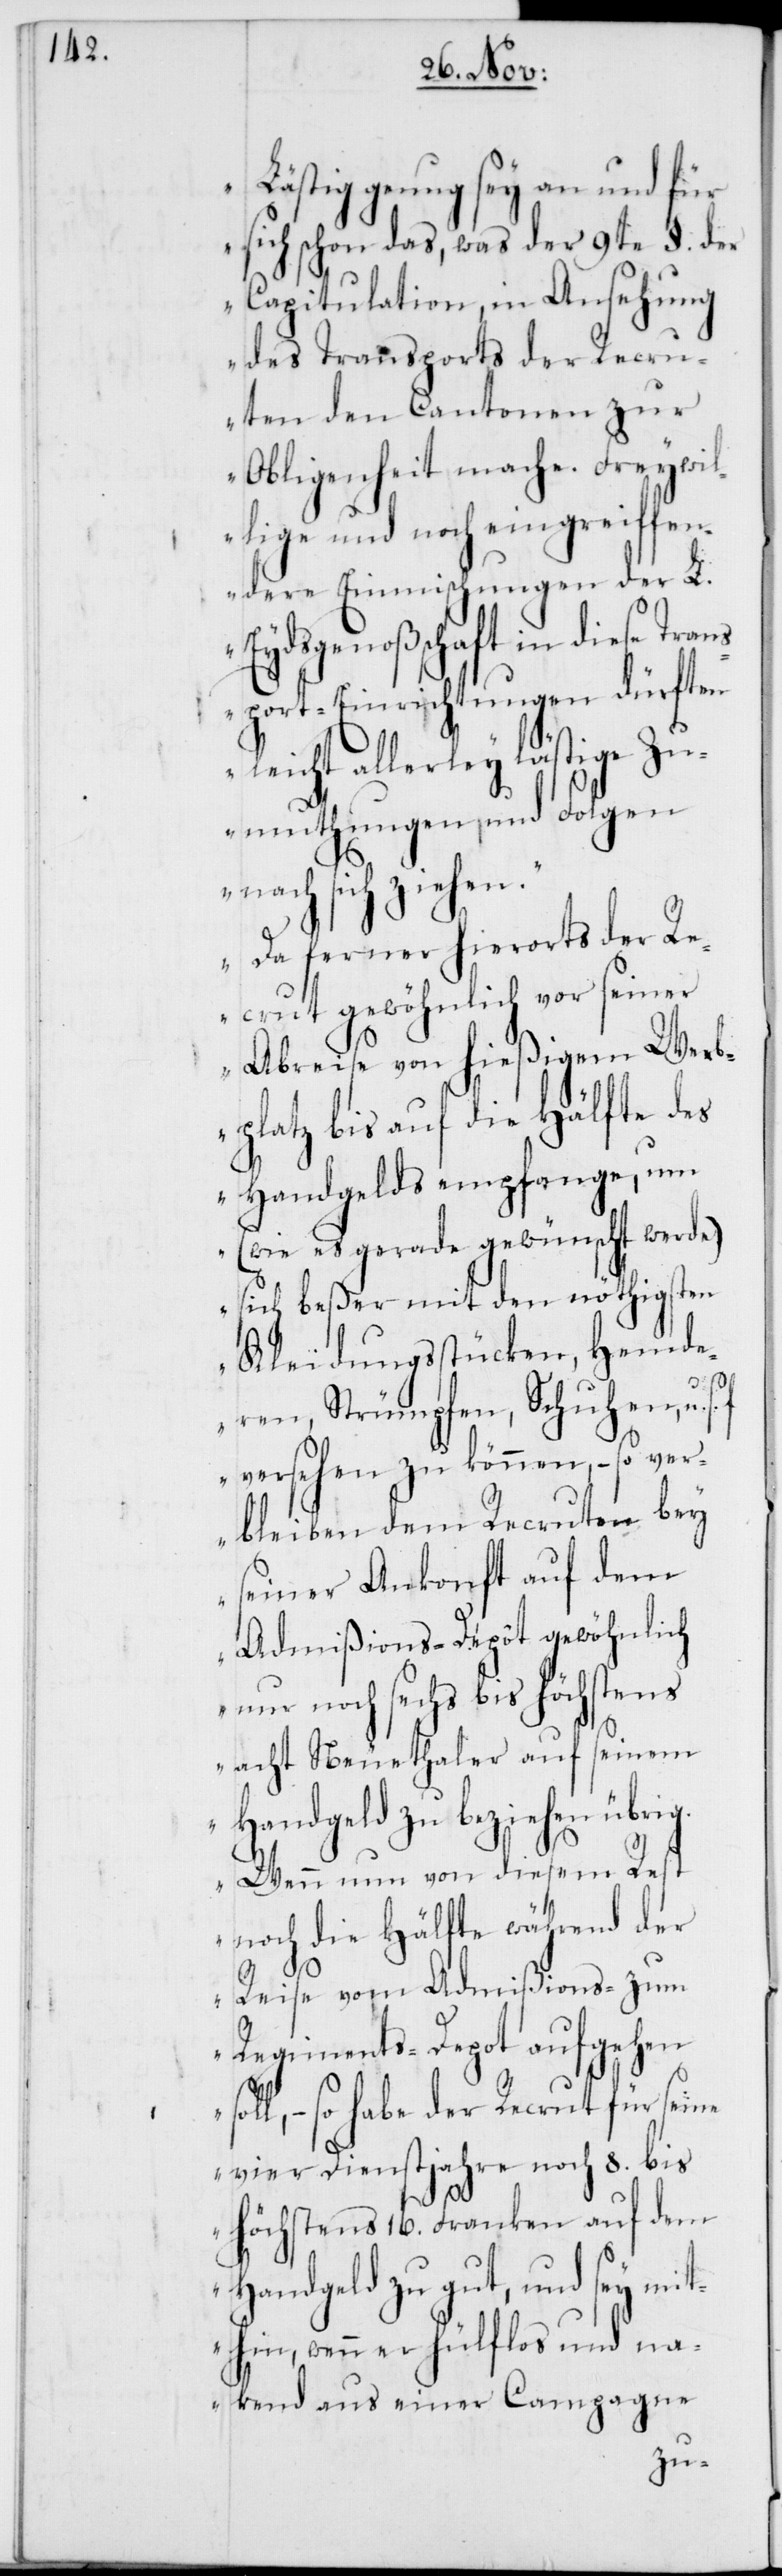
„L¬

ästig genug sey an und für
sich schon das, was der 9te §. der
Capitulation, in Ansehung
des Transports der Recru¬
ten den Cantonen zur
Obligenheit mache. Freywil¬
lige und noch eingreiffen¬
dere Einmischungen der L.
Eydsgenoßenschaft in diese Tran¬
sport-Einrichtungen dürften
leicht allerley lästige Zu¬
muthungen und Folgen
nach sich ziehen.“
„Da ferner hierorts der Re¬
crut gewöhnlich vor seiner
Abreise von hießigem Werb¬
platz bis auf die Hälfte des
Handgelds empfange, um
(wie es gerade gewünscht werde)
sich beßer mit den nöthigsten
Kleidungsstücken, Hemde¬
ren, Strümpfen, Schuhen u.
versehen zu können, – so ver¬
bleiben dem Recruten bey
seiner Ankonft auf dem
Admißions-Dépôt gewöhnlich
nur noch sechs bis höchstens
acht Neuethaler auf seinem
Handgeld zu beziehen übrig.
Wenn nun von diesem Rest
noch die Hälfte während der
Reise vom Admißions- zum
Regiments-Depot aufgehen
so habe der Recrut für seine
vier Dienstjahre noch 8. bis
höchstens 16. Franken auf dem
Handgeld zu gut, und sey mi¬
thin, wenn er hülflos und na¬
ckend aus einer Campagne